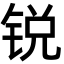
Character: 锐